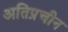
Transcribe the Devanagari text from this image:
अतिप्रचीन